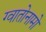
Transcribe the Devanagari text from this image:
ग्वातोनामो